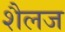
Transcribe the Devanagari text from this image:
शैलज